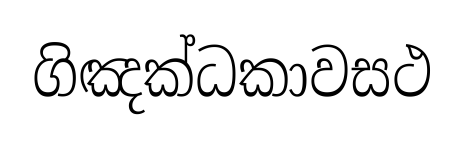
ගිඤක්ධකාවසථ